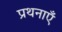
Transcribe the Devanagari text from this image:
प्रथनाएँ